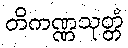
တိကဏ္ဏသုတ္တံ